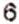
6